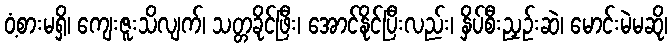
ဝံ့စားမရှိ၊ ကျေးဇူးသိလျက်၊ သတ္တခိုင်ဖြီး၊ အောင်နိုင်ပြီးလည်း၊ နှိပ်စီးညှဉ်းဆဲ၊ မောင်းမဲမဆို၊